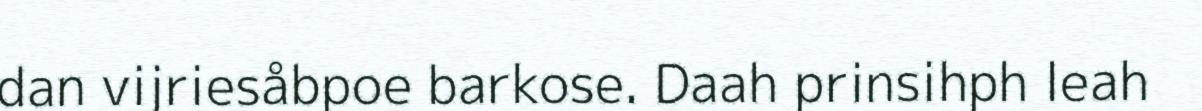
dan vijriesåbpoe barkose. Daah prinsihph leah